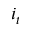
i _ { t }